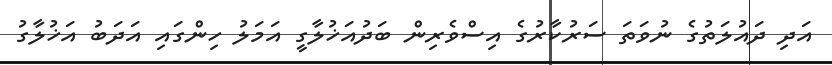
އަދި ދައުލަތުގެ ނުވަތަ ސަރުކާރުގެ އިސްވެރިން ބަދުއަޚުލާގީ އަމަލު ހިންގައި އަދަބު އަޚުލާގު